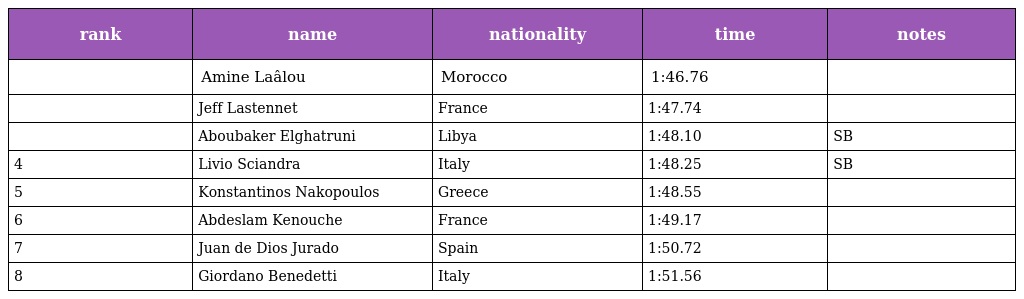
| rank | name | nationality | time | notes |
 | --- | --- | --- | --- | --- |
 |  | Amine Laâlou | Morocco | 1:46.76 |  |
 |  | Jeff Lastennet | France | 1:47.74 |  |
 |  | Aboubaker Elghatruni | Libya | 1:48.10 | SB |
 | 4 | Livio Sciandra | Italy | 1:48.25 | SB |
 | 5 | Konstantinos Nakopoulos | Greece | 1:48.55 |  |
 | 6 | Abdeslam Kenouche | France | 1:49.17 |  |
 | 7 | Juan de Dios Jurado | Spain | 1:50.72 |  |
 | 8 | Giordano Benedetti | Italy | 1:51.56 |  |